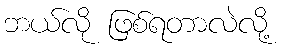
ဘယ်လို ဖြစ်ရတာလဲလို့